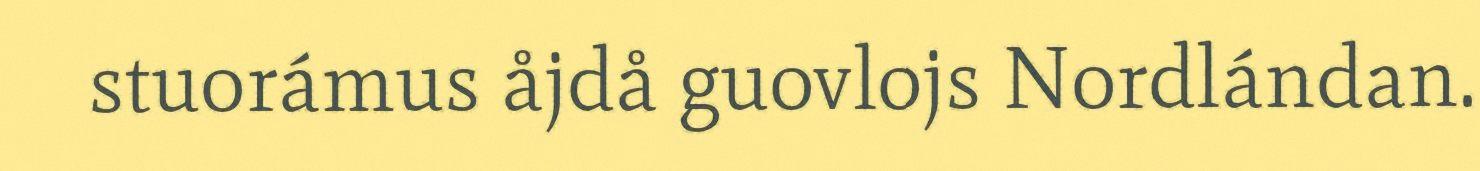
stuorámus åjdå guovlojs Nordlándan.